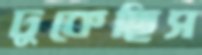
ঢুকেছিস